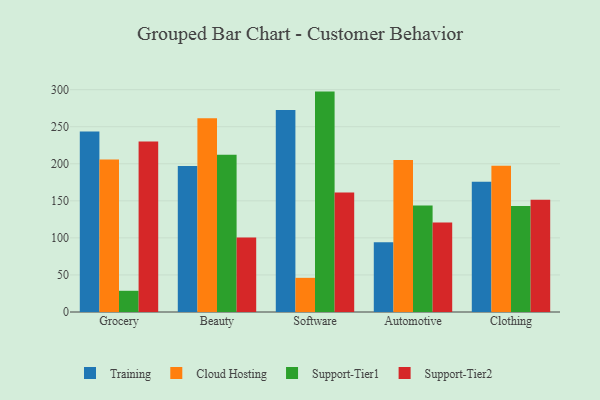
{"axis": {"x": "Category", "y": "Gross Profit (USD K)"}, "legend": ["Cloud Hosting", "Support-Tier1", "Support-Tier2", "Training"], "data": [{"x": "Grocery", "y": 243.6, "type": "Training"}, {"x": "Grocery", "y": 205.8, "type": "Cloud Hosting"}, {"x": "Grocery", "y": 28.6, "type": "Support-Tier1"}, {"x": "Grocery", "y": 229.9, "type": "Support-Tier2"}, {"x": "Beauty", "y": 197.1, "type": "Training"}, {"x": "Beauty", "y": 261.3, "type": "Cloud Hosting"}, {"x": "Beauty", "y": 212.2, "type": "Support-Tier1"}, {"x": "Beauty", "y": 100.6, "type": "Support-Tier2"}, {"x": "Software", "y": 272.6, "type": "Training"}, {"x": "Software", "y": 46.1, "type": "Cloud Hosting"}, {"x": "Software", "y": 297.4, "type": "Support-Tier1"}, {"x": "Software", "y": 161.2, "type": "Support-Tier2"}, {"x": "Automotive", "y": 94.0, "type": "Training"}, {"x": "Automotive", "y": 205.1, "type": "Cloud Hosting"}, {"x": "Automotive", "y": 143.7, "type": "Support-Tier1"}, {"x": "Automotive", "y": 120.9, "type": "Support-Tier2"}, {"x": "Clothing", "y": 175.8, "type": "Training"}, {"x": "Clothing", "y": 197.5, "type": "Cloud Hosting"}, {"x": "Clothing", "y": 143.0, "type": "Support-Tier1"}, {"x": "Clothing", "y": 151.5, "type": "Support-Tier2"}]}